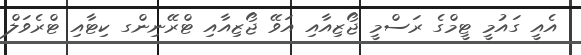
އެއީ ގައުމީ ޓީމްގެ ރަސްމީ ޖޯޒިއާއި އަވޭ ޖޯޒިއާއި ޓްރޭނިންގ ކިޓާއި ޓްރެވަލް